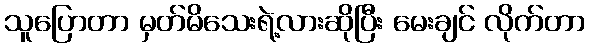
သူပြောတာ မှတ်မိသေးရဲ့လားဆိုပြီး မေးချင် လိုက်တာ